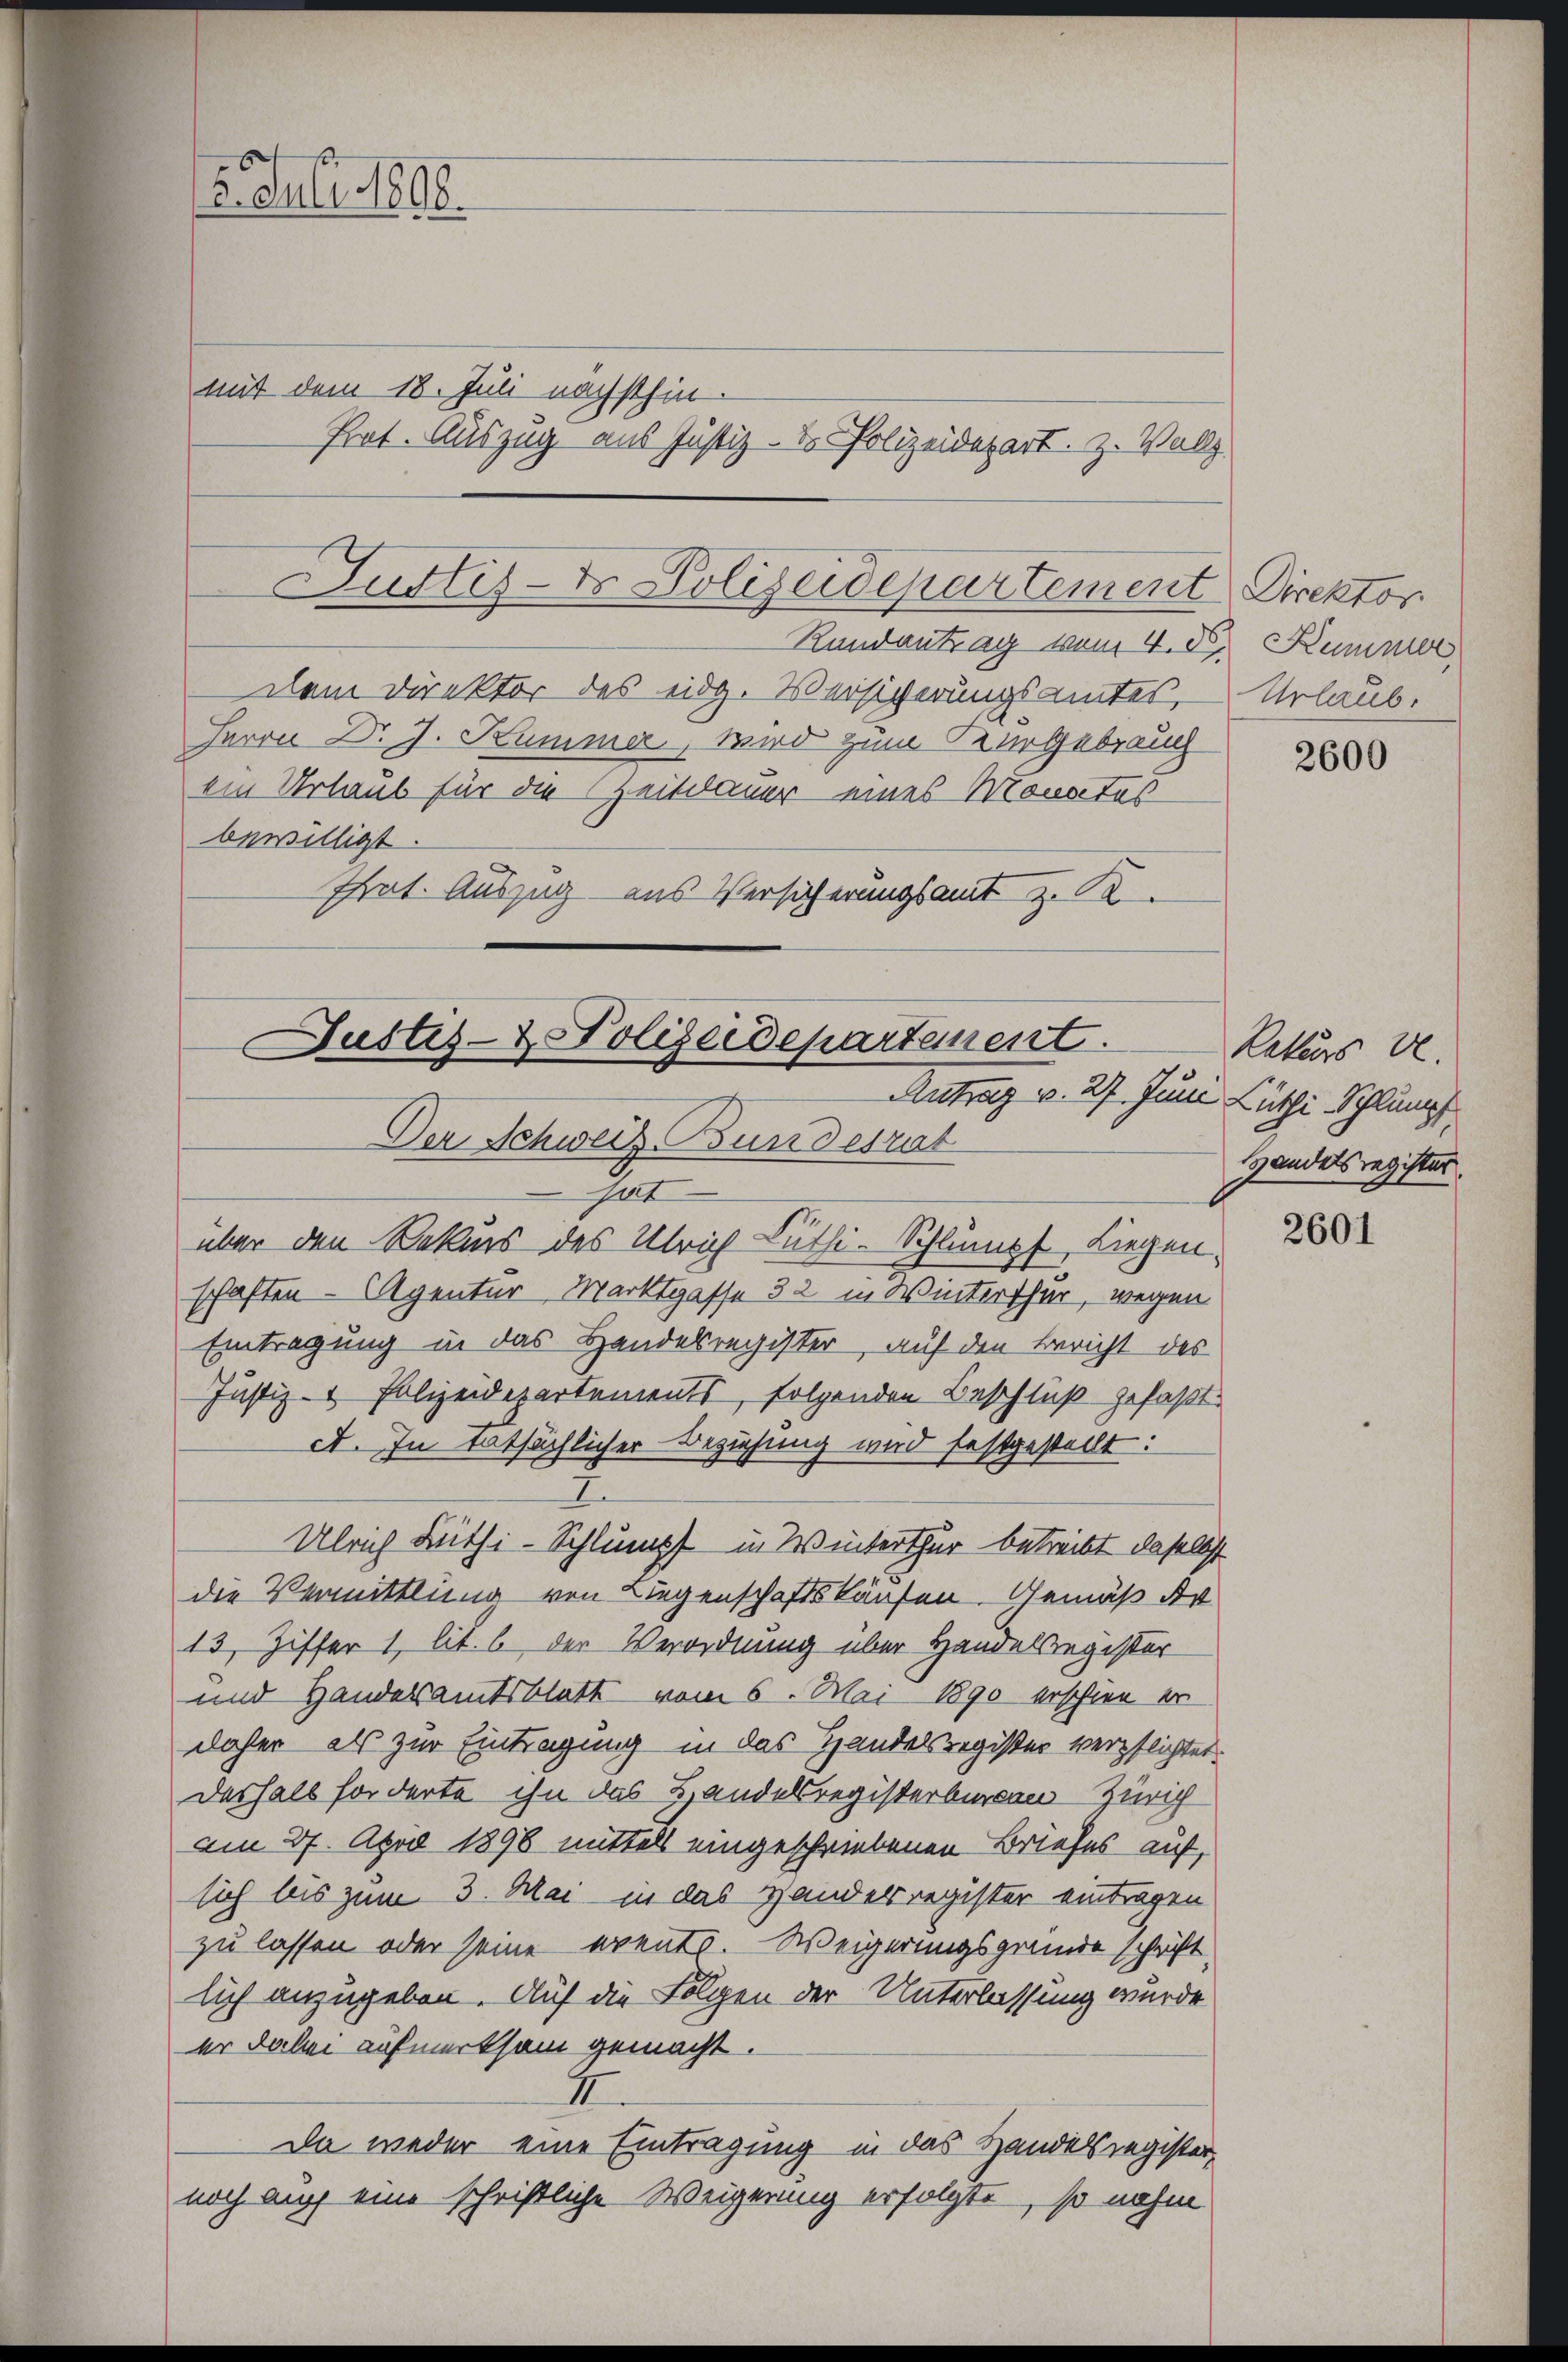
15. Juli 1898.

mit dem 18. Juni nächsthin.

Justiz- & Polizeidepartement Direktor
Rundantrag vom 4. d. Kummer

Prat. Auszug aus Justiz- & Polizeidepart. Z. Vollz

Justiz- & Polizeidepartement.
Der Schweiz undesrat
hat
über den Rekurs des Ulrich Lüthi-Schlumpf Liegen¬

Antrag v. 27. Juni Lüthi Schlumpf

Urlaub.

Dem Direktor des eidg. Versicherungsamtes,
Herrn Dr. J. Kummer, wird zum Kurgebrauch
ein Urlaub für die Zeitdauer eines Monates
bewilligt.
Phrat. Auszug aus Versicherungsamt z. K

schaften - Agentur Marktgasse 32 in Winterscher, wegen
Eintragung in das Handesregister, auf den Bericht des
Justiz- & Polizeidepartements, folgenden Beschluß gefaßt.
et. In tatsächlicher Beziehung wird festgestellt:
Ulrich Lüthi-Schlumpf in Winterthur betreibt daselbst
die Vermittlung von Liegenschaftskäufen. Gemäß Ar
13. Ziffer 1, lit. b der Verordnung über Handelsregister
und Handelsamtsblatt vom 6. Mai 1890 erschien er
daher als zur Eintragung in das Handelsregister verpflichtet:
Deshalb forderte ihn das Handelsregisterberken Zürich
am 27. April 1898 mittels eingeschriebenen Briefes auf,
sich bis zum 3. Mai in das Handelsregister eintragen
zu lassen oder seine events. Weigerungsgründe schrift
lich anzugeben. Auf die Folgen der Unterlassung wurde
er dabei aufmerksam gemacht.
I
Da weder eine Eintragung in das Handelsregister,
noch auch eine schriftliche Weigerung erfolgte, so nahm

2600

Rekurs d.
Handelsregister.

2601